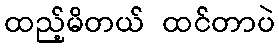
ထည့်မိတယ် ထင်တာပဲ